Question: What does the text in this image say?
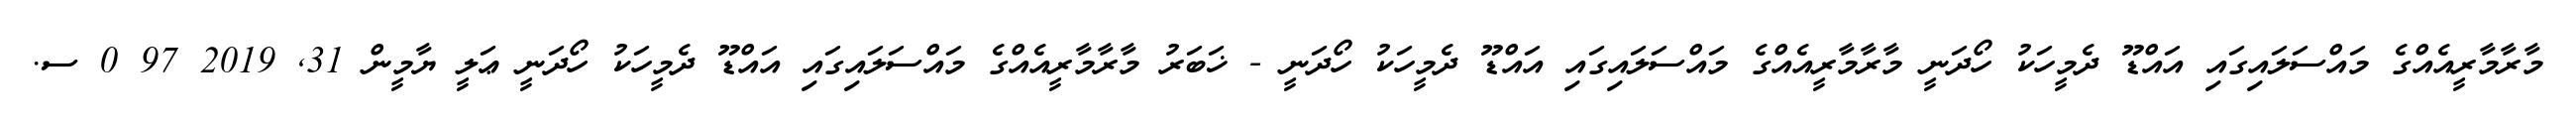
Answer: މާރާމާރީއެއްގެ މައްސަލައިގައި އައްޑޫ ދެމީހަކު ހޯދަނީ މާރާމާރީއެއްގެ މައްސަލައިގައި އައްޑޫ ދެމީހަކު ހޯދަނީ - ޚަބަރު މާރާމާރީއެއްގެ މައްސަލައިގައި އައްޑޫ ދެމީހަކު ހޯދަނީ ޢަލީ ޔާމީން 31, 2019 97 0 ސ.